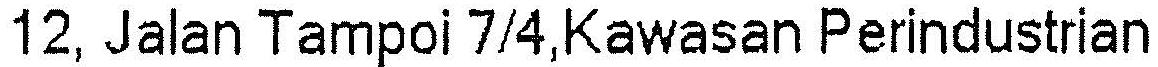
12, JALAN TAMPOI 7/4,KAWASAN PERINDUSTRIAN